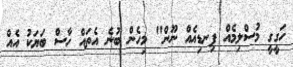
ހަގީގީ މުސްލިމެއް ފިނޑިއެއް ނޫން" މިހެން ބުނެ އެތައް ހާސް ބަޔަކު އެއް